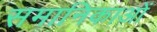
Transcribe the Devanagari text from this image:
समानिकाओं